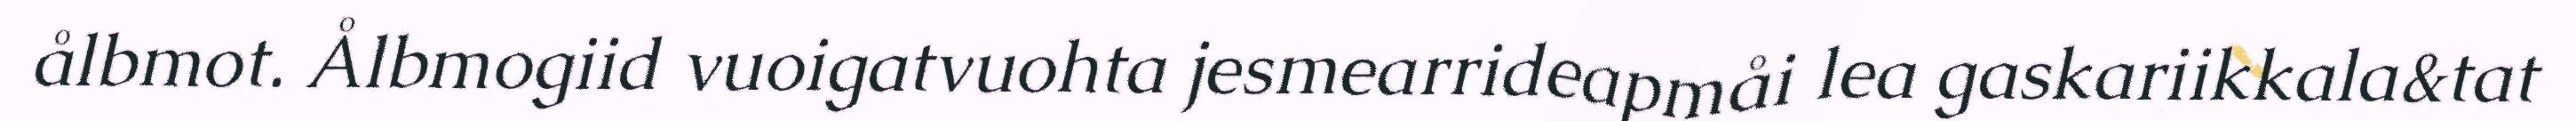
ålbmot. Ålbmogiid vuoigatvuohta jesmearrideapmåi lea gaskariikkala&tat